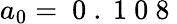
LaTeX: a_{0}=\mathrm{~0~.~1~0~8~}